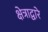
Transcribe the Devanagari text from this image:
क्षेत्राद्वारे